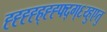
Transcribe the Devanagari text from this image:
ह्ह्ह्ह्ह्ह्ह्फ्द्ग्६य्हुएतु